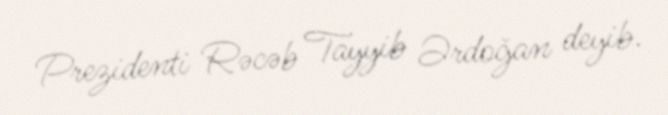
Prezidenti Rəcəb Tayyib Ərdoğan deyib.